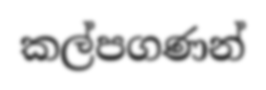
කල්පගණන්